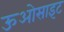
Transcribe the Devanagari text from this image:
ऊओसाइट